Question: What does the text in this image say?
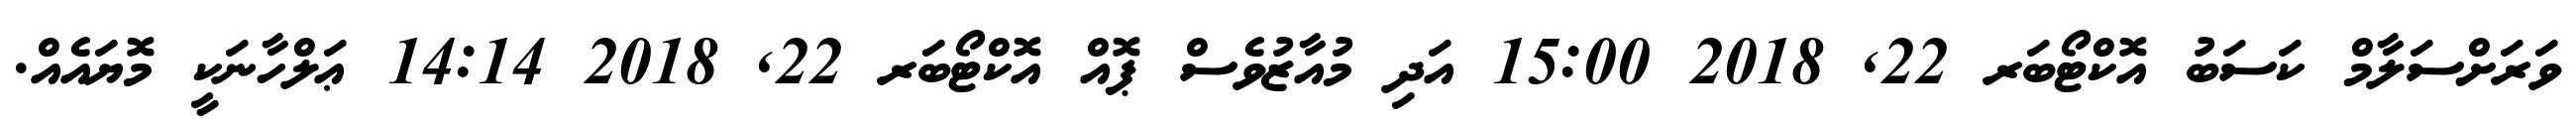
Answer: ވަރަށްސަލާމް ކަސަބު އޮކްޓޯބަރ 22, 2018 15:00 އަދި މުއާޒުވެސް ޕޮއް އޮކްޓޯބަރ 22, 2018 14:14 ޢަލްހާނަކީ މޮޔައެއް.